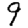
Digit: 9